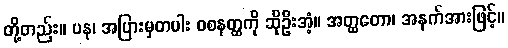
တို့တည်း။ ပန၊ အပြားမှတပါး ဝစနတ္ထကို ဆိုဦးအံ့။ အတ္ထတော၊ အနက်အားဖြင့်။